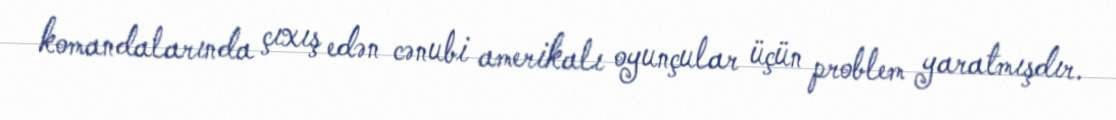
komandalarında çıxış edən cənubi amerikalı oyunçular üçün problem yaratmışdır.